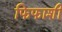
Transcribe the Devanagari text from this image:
फिफाशी